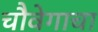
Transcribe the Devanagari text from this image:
चौवेगाचा